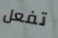
تفعل